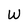
Character: W